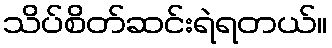
သိပ်စိတ်ဆင်းရဲရတယ်။